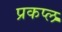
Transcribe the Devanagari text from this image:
प्रकप्ल